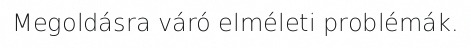
Megoldásra váró elméleti problémák.